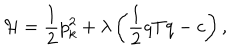
{ \cal { H } } = \frac 1 2 p _ { k } ^ { 2 } + \lambda \left( \frac 1 2 q T q - c \right) ,